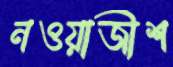
নওয়াজীশ